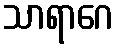
သာရာဂေ